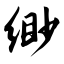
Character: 缈